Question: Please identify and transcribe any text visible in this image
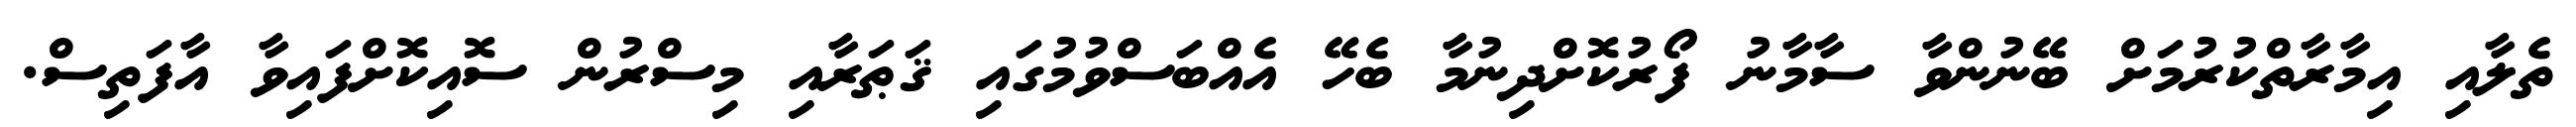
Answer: ތެލާއި އިމާރާތްކުރުމަށް ބޭނުންވާ ސާމާނު ފޯރުކޮށްދިނުމާ ބެހޭ އެއްބަސްވުމުގައި ޤަޠަރާއި މިސްރުން ސޮއިކޮށްފައިވާ އާފަތިސް.